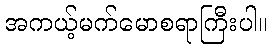
အကယ့်မက်မောစရာကြီးပါ။